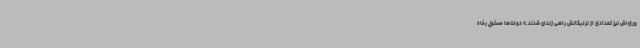
وری‌اش نیز تعدادی از نزدیکانش راهی زندان شدند.» دولت‌ها مسئول رفاه